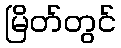
မြိတ်တွင်